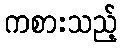
ကစားသည့်